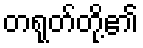
တရုတ်တို့၏